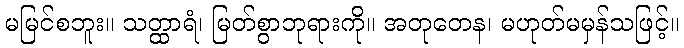
မမြင်စဘူး။ သတ္ထာရံ၊ မြတ်စွာဘုရားကို။ အတုတေန၊ မဟုတ်မမှန်သဖြင့်။